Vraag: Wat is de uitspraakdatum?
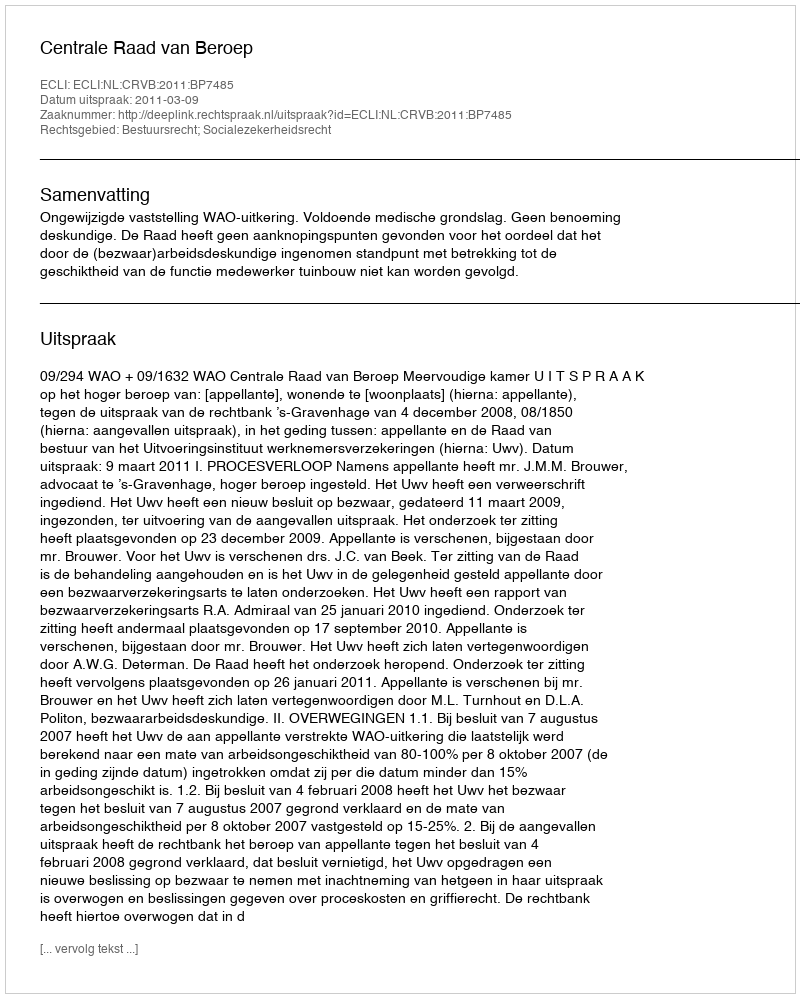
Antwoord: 2011-03-09